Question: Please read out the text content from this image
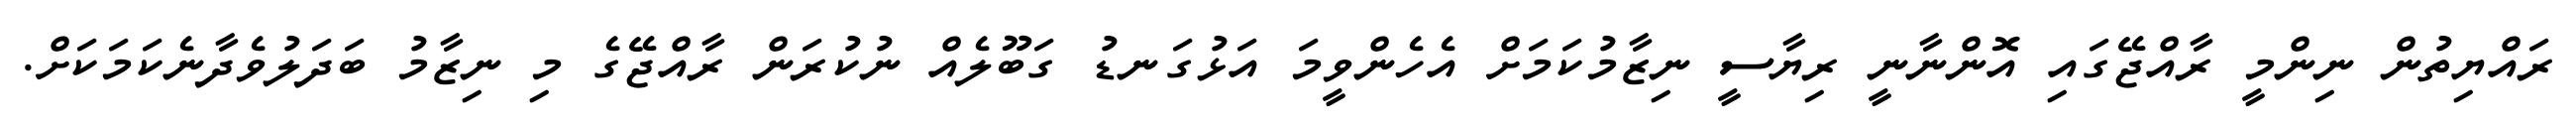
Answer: ރައްޔިތުން ނިންމީ ރާއްޖޭގައި އޮންނާނީ ރިޔާސީ ނިޒާމުކަމަށް އެހެންވީމަ އަޅުގަނޑު ގަބޫލެއް ނުކުރަން ރާއްޖޭގެ މި ނިޒާމު ބަދަލުވެދާނެކަމަކަށް.